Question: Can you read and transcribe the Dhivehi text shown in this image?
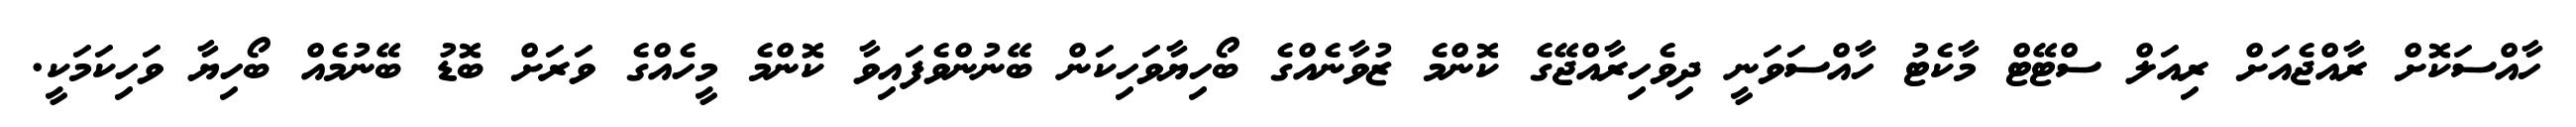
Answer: ހާއްސަކޮށް ރާއްޖެއަށް ރިއަލް ސްޓޭޓް މާކެޓު ހާއްސަވަނީ ދިވެހިރާއްޖޭގެ ކޮންމެ ޒުވާނެއްގެ ބޯހިޔާވަހިކަން ބޭނުންވެފައިވާ ކޮންމެ މީހެއްގެ ވަރަށް ބޮޑު ބޭނުމެއް ބޯހިޔާ ވަހިކަމަކީ.